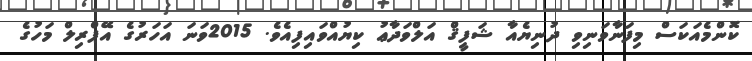
ކޮންމެއަކަސް މިފަނާވަނިވި ދުނިޔެއާ ޝަފީޤް އަލްވަދާޢު ކިޔުއްވައިފިއެވެ. 2015ވަނަ އަހަރުގެ އޭޕްރިލް މަހުގެ